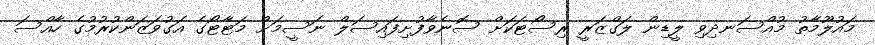
މައުލޫމާތު މުއްސަނދިވި ލީޑިން ލަގްޒަރީ ރިސޯޓަކަށް ސޮނެވާފުށިފައިސަލް ނަސީމަށް މަޓާޓޯގެ އަގުވަޒަންކުރުމުގެ ހާއްސަ